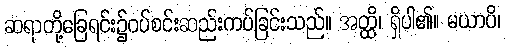
ဆရာတို့ခြေရင်း၌ဝပ်စင်းဆည်းကပ်ခြင်းသည်။ အတ္ထိ၊ ရှိပါ၏။ မယာပိ၊